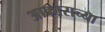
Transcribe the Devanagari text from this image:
अाकाराच्या